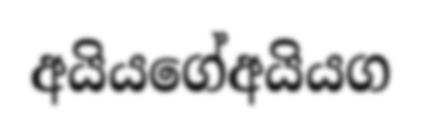
අයියගේඅයියග